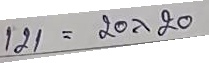
121 = 20 x 20